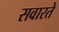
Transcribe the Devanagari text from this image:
सवारते